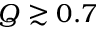
Q \gtrsim 0 . 7